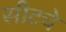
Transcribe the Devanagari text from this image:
सीटचे